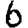
Digit: 6